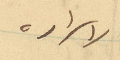
لاسراره